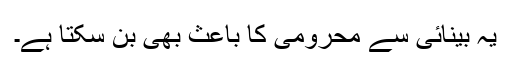
یہ بینائی سے محرومی کا باعث بھی بن سکتا ہے۔